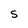
Character: S